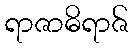
ရာဇာဓိရာဇ်